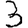
Digit: 3